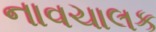
નાવચાલક